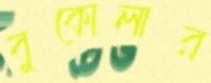
বুকোলার